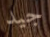
جيد